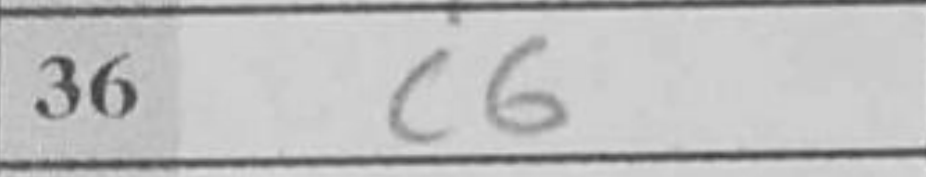
Transcription: dxe5